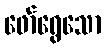
ဖော်ရွေသော